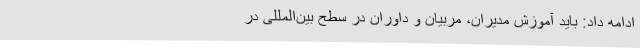
ادامه داد: باید آموزش مدیران، مربیان و داوران در سطح بین‌المللی در